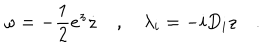
LaTeX: \omega = - \frac 1 2 e ^ { z } \dot { z } \quad , \quad \lambda _ { i } = - i D _ { i } z \quad .